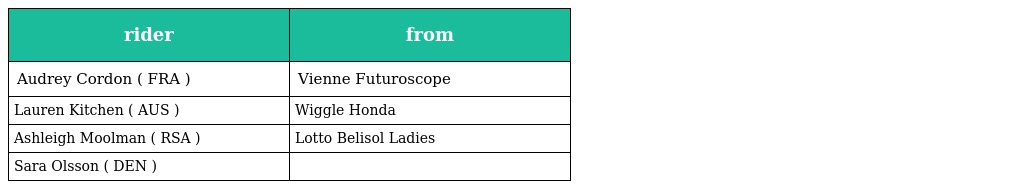
| rider | from |
 | --- | --- |
 | Audrey Cordon ( FRA ) | Vienne Futuroscope |
 | Lauren Kitchen ( AUS ) | Wiggle Honda |
 | Ashleigh Moolman ( RSA ) | Lotto Belisol Ladies |
 | Sara Olsson ( DEN ) |  |